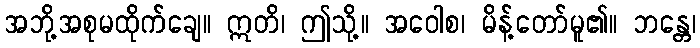
အဘို့အစုမထိုက်ချေ။ ဣတိ၊ ဤသို့။ အဝေါစ၊ မိန့်တော်မူ၏။ ဘန္တေ၊